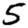
Digit: 5